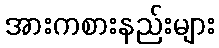
အားကစားနည်းများ